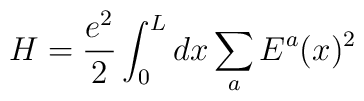
H=\frac{e^2}{2} \int_0^L dx \sum_a E^a(x)^2